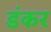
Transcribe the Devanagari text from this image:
डंकर